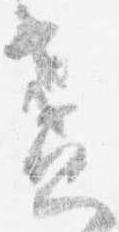
盞